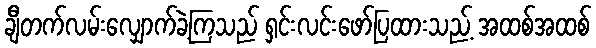
ချီတက်လမ်းလျှောက်ခဲ့ကြသည် ရှင်းလင်းဖော်ပြထားသည့် အထစ်အထစ်